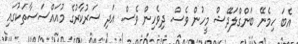
އެބަ ހިމެނޭ ބަންގްލަދޭޝް މީހުން ވެސް. ދިވެހިން ވެސް. އަދި ސަރުކާރުގެ މުއައްސަސާތަކުގައި